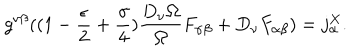
g ^ { \nu \beta } ( ( 1 - \frac { \epsilon } { 2 } + \frac { \gamma } { 4 } ) \frac { D _ { \nu } \Omega } { \Omega } F _ { \alpha \beta } + D _ { \nu } F _ { \alpha \beta } ) = j _ { \alpha } ^ { X } .